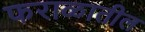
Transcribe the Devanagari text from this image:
फराळातील